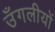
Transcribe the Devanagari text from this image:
उँगलीयों